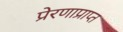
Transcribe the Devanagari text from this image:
प्रेरणाप्राप्त